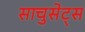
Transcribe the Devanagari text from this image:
साचुसेट्स